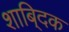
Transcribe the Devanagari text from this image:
शाबि्दक